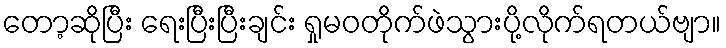
တော့ဆိုပြီး ရေးပြီးပြီးချင်း ရှုမဝတိုက်ဖဲသွားပို့လိုက်ရတယ်ဗျာ။